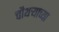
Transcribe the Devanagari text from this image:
चौथऱ्याच्या